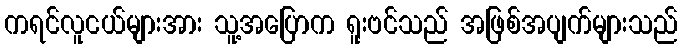
ကရင်လူငယ်များအား သူ့အပြောက ရူးဗင်သည် အဖြစ်အပျက်များသည်